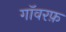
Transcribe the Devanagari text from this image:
गॉवरफ़